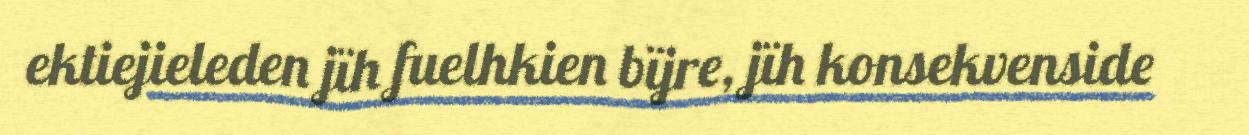
ektiejieleden jïh fuelhkien bïjre, jïh konsekvenside